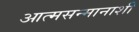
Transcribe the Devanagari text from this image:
आत्मसन्मानाशी